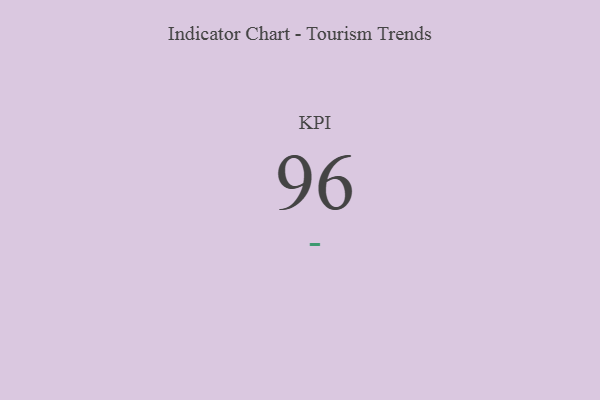
{"axis": {"x": "KPI", "y": "Value"}, "legend": [""], "data": [{"x": "KPI", "y": 96, "type": ""}]}